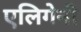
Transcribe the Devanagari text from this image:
एलिगेनी